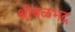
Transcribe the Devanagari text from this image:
श्रीबळभद्र